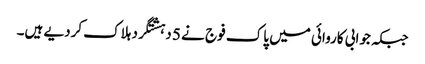
جبکہ جوابی کاروائی میں پاک فوج نے 5 دہشتگرد ہلاک کردیے ہیں۔